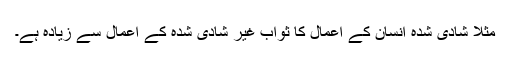
مثلا شادی شدہ انسان کے اعمال کا ثواب غیر شادی شدہ کے اعمال سے زیادہ ہے۔